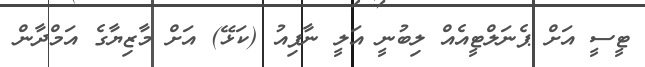
ޓީސީ އަށް ޕެނަލްޓީއެއް ލިބުނީ އަލީ ނާފިއު (ކަޅޭ) އަށް މާޒިޔާގެ އަަމްދާން